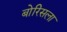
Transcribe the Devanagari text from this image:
बोरिसला